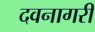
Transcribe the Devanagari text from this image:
दवनागरी